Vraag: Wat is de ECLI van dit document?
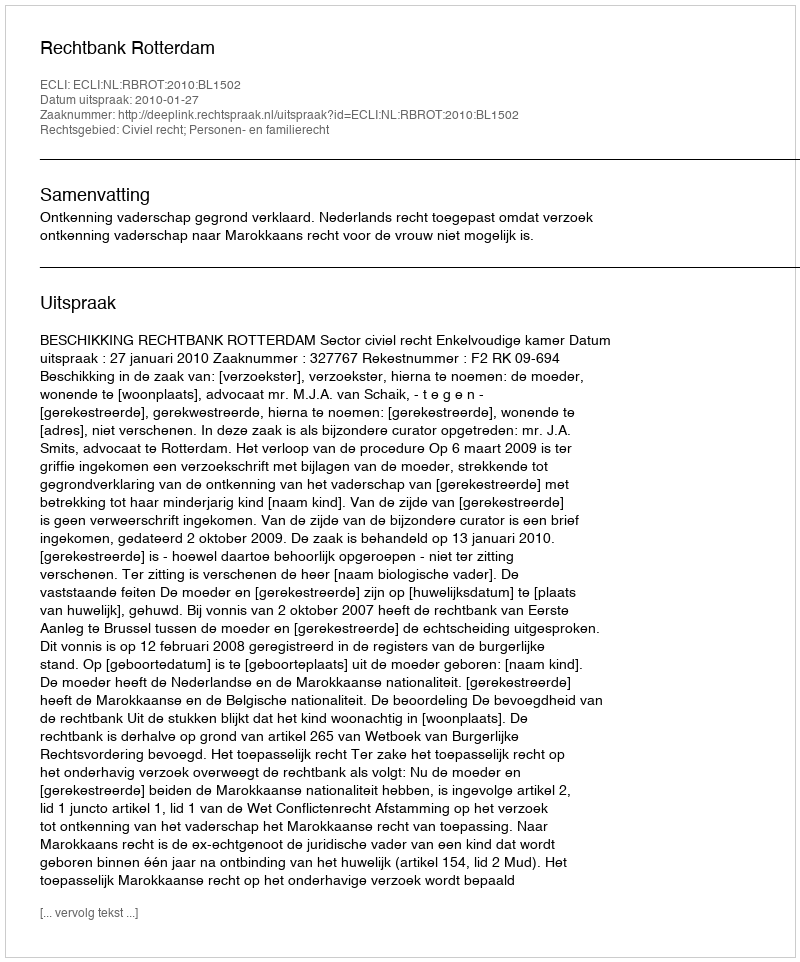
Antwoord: ECLI:NL:RBROT:2010:BL1502